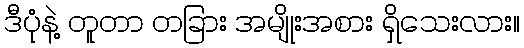
ဒီပုံနဲ့ တူတာ တခြား အမျိုးအစား ရှိသေးလား။